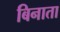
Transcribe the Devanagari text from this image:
बिनाता